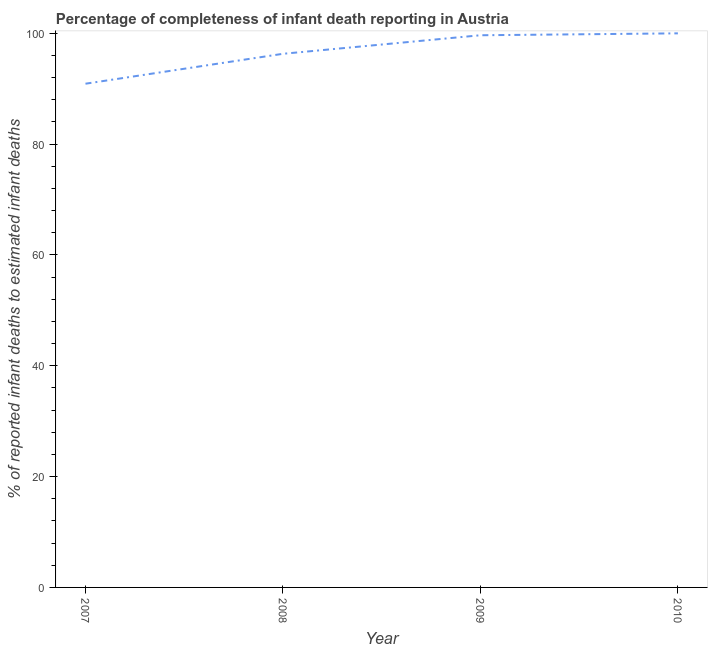
| Year | Completeness of infant death reporting |
 | --- | --- |
 | 2007 | 90.9 |
 | 2008 | 96.3 |
 | 2009 | 99.7 |
 | 2010 | 100 |